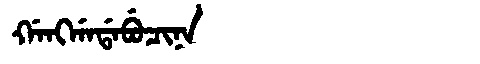
Manchu: ᡤᠠᠩᡤᠠᡩᠠᠪᡠᠴᡳᠨᠠ
Romanization: GANGGADABUCINA